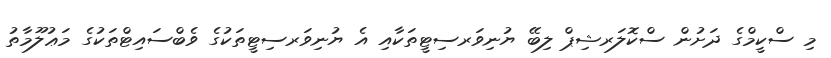
މި ސްކީމްގެ ދަށުން ސްކޮލަރޝިޕް ލިބޭ ޔުނިވަރސިޓީތަކާއި އެ ޔުނިވަރސިޓީތަކުގެ ވެބްސައިޓްތަކުގެ މަޢުލޫމާތު